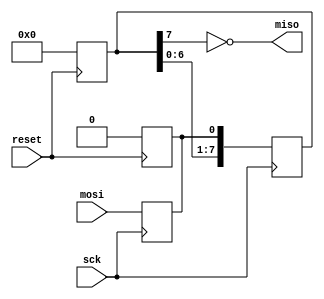
module test_spi_device(reset, sck, mosi, miso);
	input reset;
	input mosi;
	output miso;
	input sck;

	wire miso;

	reg [7:0] data;
	reg buffer;
	assign miso = ~data[7];

	always @(negedge reset) begin
		data[7:0] <= 8'b0;
		buffer <= 1'b0;
	end

	always @(posedge sck) begin
		buffer <= mosi;
	end

	always @(negedge sck) begin
		data[7:0] = { data[6:0] , buffer };
	end

endmodule